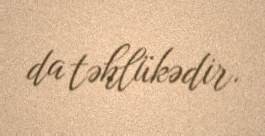
da təhlükədir.